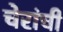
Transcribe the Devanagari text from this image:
चेरांची